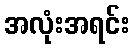
အလုံးအရင်း